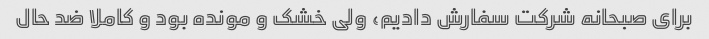
برای صبحانه شرکت سفارش دادیم، ولی خشک و مونده بود و کاملا ضد حال